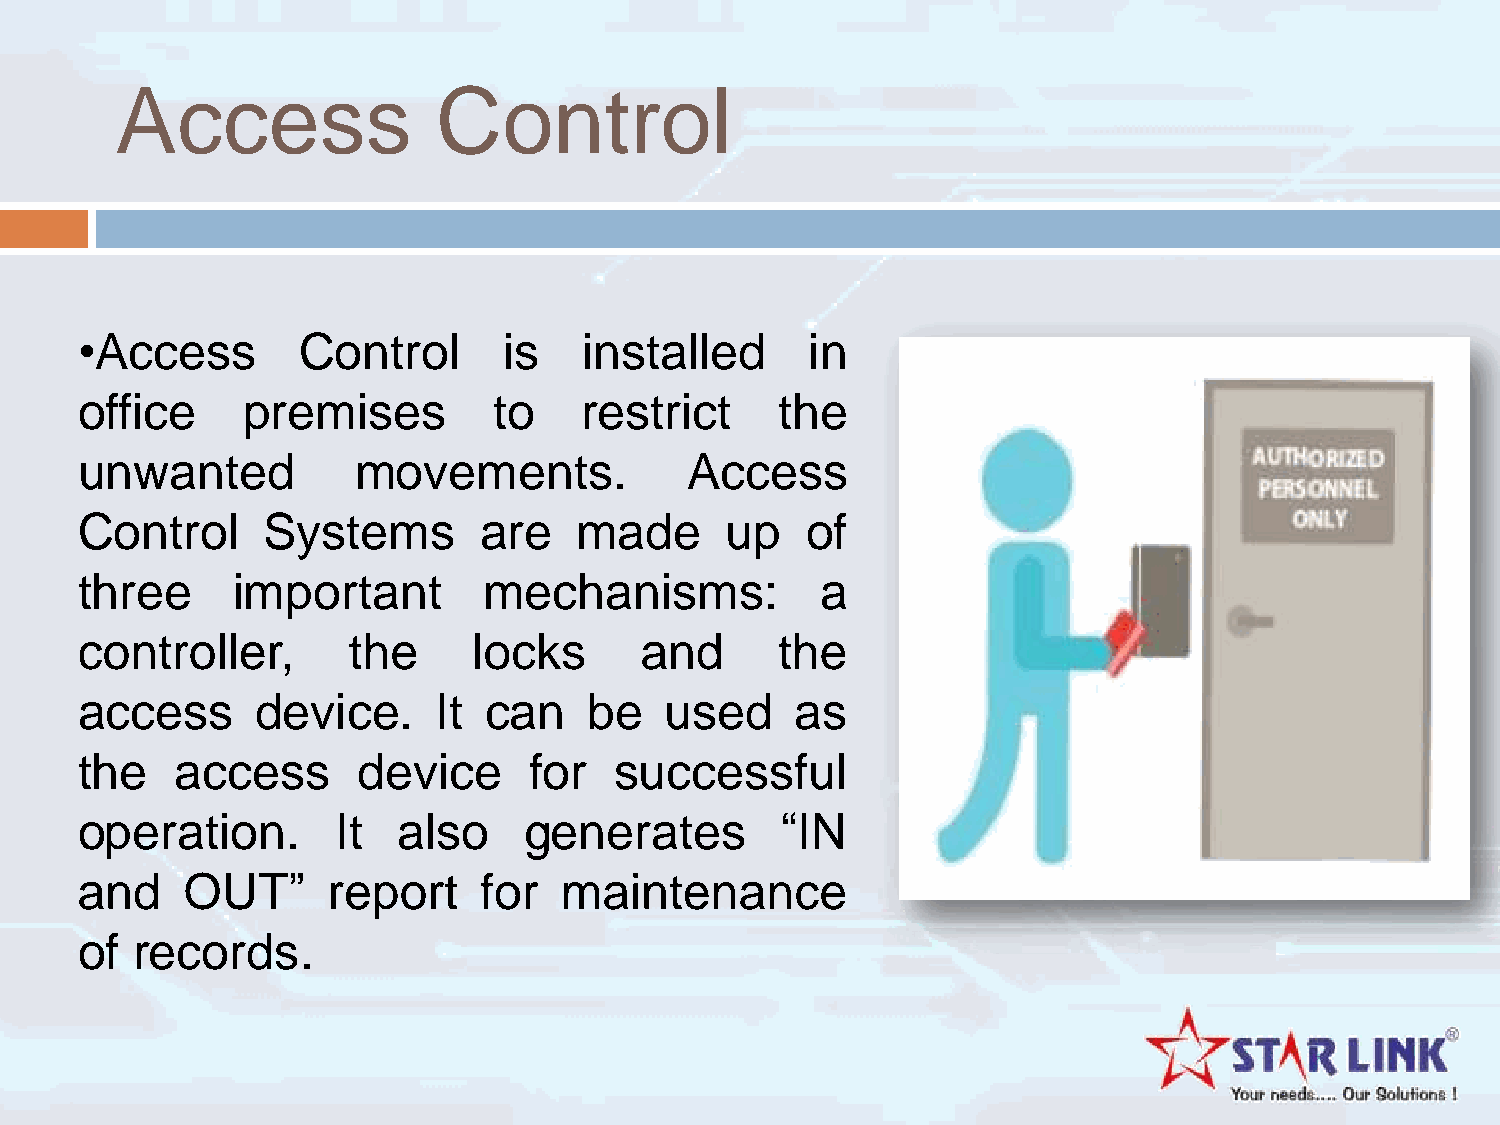
Access               Control
 •Access        Control      is    installed      in
 office     premises         to   restrict     the
 unwanted          movements.            Access
 Control     Systems        are   made      up   of
 three     important        mechanisms:           a
 controller,       the     locks      and      the
 access      device.     It can    be   used     as
 the    access      device     for   successful
 operation.       It  also     generates        “IN
 and    OUT”      report    for  maintenance
 of  records.